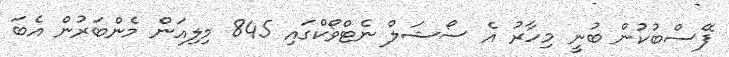
ފޭސްބުކުން ބުނީ މިހާރު އެ ސޯޝަލް ނެޓްވޯކްގައި 845 މިލިއަން މެންބަރުން އެބަ